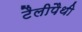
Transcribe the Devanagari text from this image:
टैलीपैथी